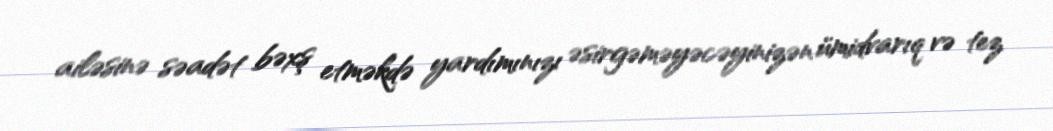
ailəsinə səadət bəxş etməkdə yardımınızı əsirgəməyəcəyinizən ümidvarıq və tez